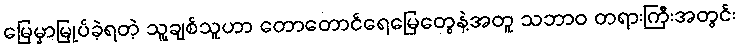
မြေမှာမြုပ်ခဲ့ရတဲ့ သူ့ချစ်သူဟာ တောတောင်ရေမြေတွေနဲ့အတူ သဘာဝ တရားကြီးအတွင်း